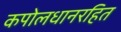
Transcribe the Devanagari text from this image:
कपोलधानरहित